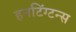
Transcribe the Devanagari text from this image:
हनटिंग्टन्स